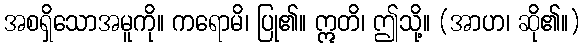
အစရှိသောအမူကို။ ကရောမိ၊ ပြု၏။ ဣတိ၊ ဤသို့။ (အာဟ၊ ဆို၏။)